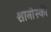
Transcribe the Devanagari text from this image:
शानोस्की